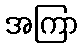
အကြာ